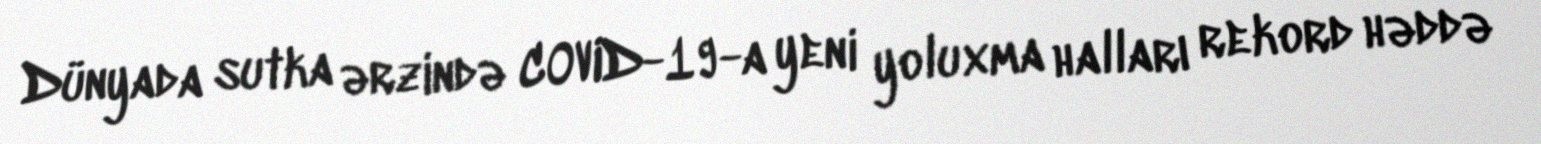
Dünyada sutka ərzində COVID-19-a yeni yoluxma halları rekord həddə